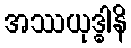
အဿယုဒ္ဓါနိ